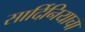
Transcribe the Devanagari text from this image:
सार्दिनियाचा